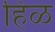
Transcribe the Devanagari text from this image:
हिळ